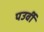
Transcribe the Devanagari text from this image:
पउर्वी